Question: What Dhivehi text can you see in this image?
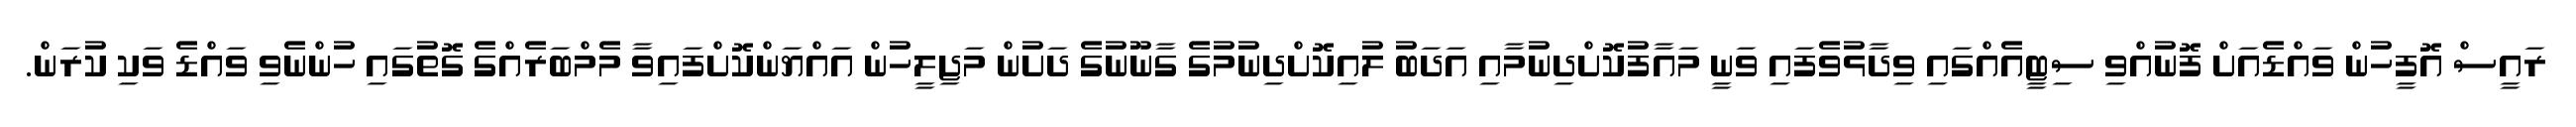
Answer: ރައީސް އޮފީހުން ވައްޑެއަށް ފޮނުއްވި ސިޓީއެއްގައި ވިދާޅުވެފައި ވަނީ މައާފުކޮށްދިނުމާއި އަދަބު ލުއިކޮށްދިނުމުގެ ގާނޫނުގެ ދަށުން މަޖިލީހުން އައްޔަންކޮށްފައިވާ މެމްބަރެއްގެ ގޮތުގައި ހުންނެވި ވައްޑެ ވަކި ކުރަން.